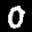
Label: 0